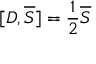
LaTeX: [ D , { \overline { { S } } } ] = { \frac { 1 } { 2 } } { \overline { { S } } }